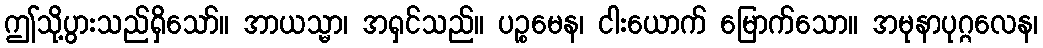
ဤသို့ပွားသည်ရှိသော်။ အာယသ္မာ၊ အရှင်သည်။ ပဉ္စမေန၊ ငါးယောက် မြောက်သော။ အမုနာပုဂ္ဂလေန၊